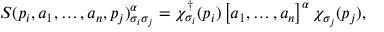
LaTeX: S ( p _ { i } , a _ { 1 } , \ldots , a _ { n } , p _ { j } ) _ { \sigma _ { i } \sigma _ { j } } ^ { \alpha } = \chi _ { \sigma _ { i } } ^ { \dagger } ( p _ { i } ) \left[ a _ { 1 } , \ldots , a _ { n } \right] ^ { \alpha } \chi _ { \sigma _ { j } } ( p _ { j } ) ,